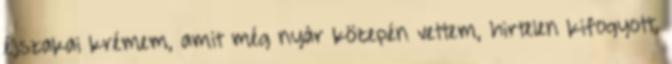
éjszakai krémem, amit még nyár közepén vettem, hirtelen kifogyott,